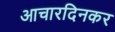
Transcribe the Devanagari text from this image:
आचारदिनकर